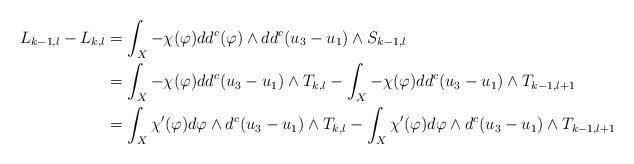
LaTeX: \begin{align*}L_{k-1, l}-L_{k, l}&=\int_X -\chi(\varphi)dd^c(\varphi)\wedge dd^c(u_3-u_1) \wedge S_{k-1,l}\\&=\int_X -\chi(\varphi) dd^c(u_3-u_1) \wedge T_{k,l}-\int_X -\chi(\varphi) dd^c(u_3-u_1) \wedge T_{k-1,l+1}\\&=\int_X\chi'(\varphi) d\varphi\wedge d^c(u_3-u_1) \wedge T_{k,l}-\int_X\chi'(\varphi) d\varphi\wedge d^c(u_3-u_1) \wedge T_{k-1,l+1}\\\end{align*}